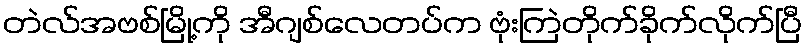
တဲလ်အဗစ်မြို့ကို အီဂျစ်လေတပ်က ဗုံးကြဲတိုက်ခိုက်လိုက်ပြီ